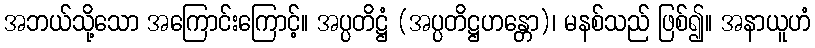
အဘယ်သို့သော အကြောင်းကြောင့်။ အပ္ပတိဋ္ဌံ (အပ္ပတိဋ္ဌဟန္တော)၊ မနစ်သည် ဖြစ်၍။ အနာယူဟံ